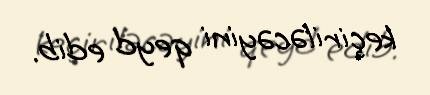
keçiriləcəyini qeyd edib.